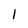
Character: 1